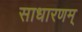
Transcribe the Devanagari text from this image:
साधारणम्